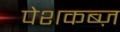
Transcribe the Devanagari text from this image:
पेशकब्ज़